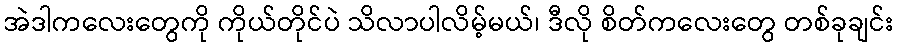
အဲဒါကလေးတွေကို ကိုယ်တိုင်ပဲ သိလာပါလိမ့်မယ်၊ ဒီလို စိတ်ကလေးတွေ တစ်ခုချင်း